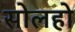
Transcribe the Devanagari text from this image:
सोलहो